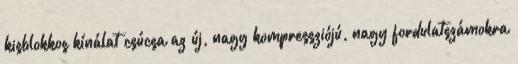
kisblokkos kínálat csúcsa az új, nagy kompressziójú, nagy fordulatszámokra